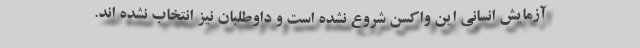
آزمایش انسانی این واکسن شروع نشده است و داوطلبان نیز انتخاب نشده اند.